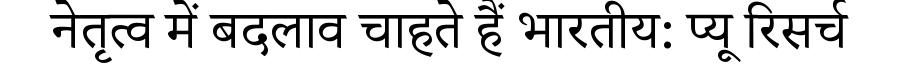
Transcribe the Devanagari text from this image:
नेतृत्व में बदलाव चाहते हैं भारतीय: प्यू रिसर्च